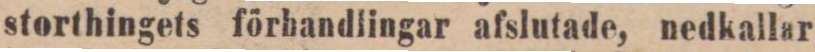
storthingets förhandlingar afslutade, nedkallar